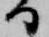
る